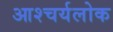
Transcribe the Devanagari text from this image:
आश्चर्यलोक